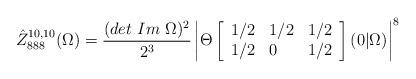
LaTeX: \begin{align*}\hat {Z}^{10,10}_{888} (\Omega )= \frac {(det \ Im \ \Omega )^2}{2^3}\left | \Theta \left[\begin{array} {lll}1/2 & 1/2 & 1/2\\1/2 & 0 & 1/2\end{array} \right](0 \vert \Omega) \right |^8\end{align*}